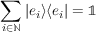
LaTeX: \sum _ { i \in \mathbb { N } } | e _ { i } \rangle \langle e _ { i } | = \mathbb { 1 }